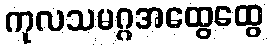
ကုလသမဂ္ဂအထွေထွေ